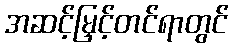
အဆင့်မြှင့်တင်ရာတွင်